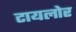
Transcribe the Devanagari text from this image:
टायलोर